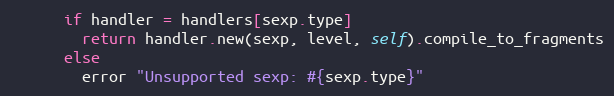
Language: Ruby
      if handler = handlers[sexp.type]
        return handler.new(sexp, level, self).compile_to_fragments
      else
        error "Unsupported sexp: #{sexp.type}"